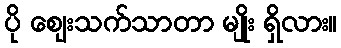
ပို ဈေးသက်သာတာ မျိုး ရှိလား။